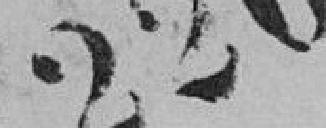
220